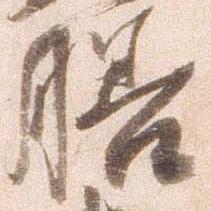
膳